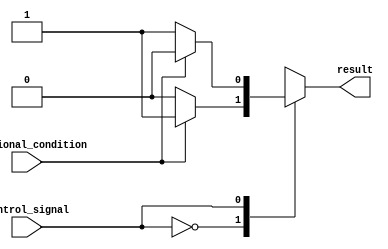
module case_statement(
    input wire control_signal,
    input wire additional_condition,
    output reg result
);

always @(*)
begin
    case(control_signal)
        2'b00: begin
            if(additional_condition)
                result = 1'b1;
            else
                result = 1'b0;
        end
        2'b01: begin
            if(additional_condition)
                result = 1'b0;
            else
                result = 1'b1;
        end
        default: result = 1'b0;
    endcase
end

endmodule